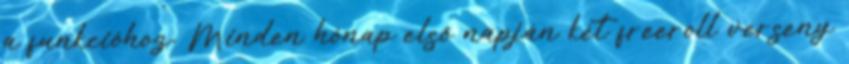
a funkcióhoz. Minden hónap első napján két freeroll verseny